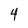
Character: 4